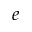
e